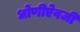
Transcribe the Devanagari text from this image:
धोणीऐवजी